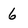
Character: 6